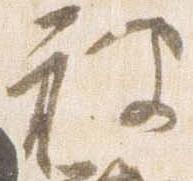
被